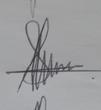
Signature authenticity: genuine